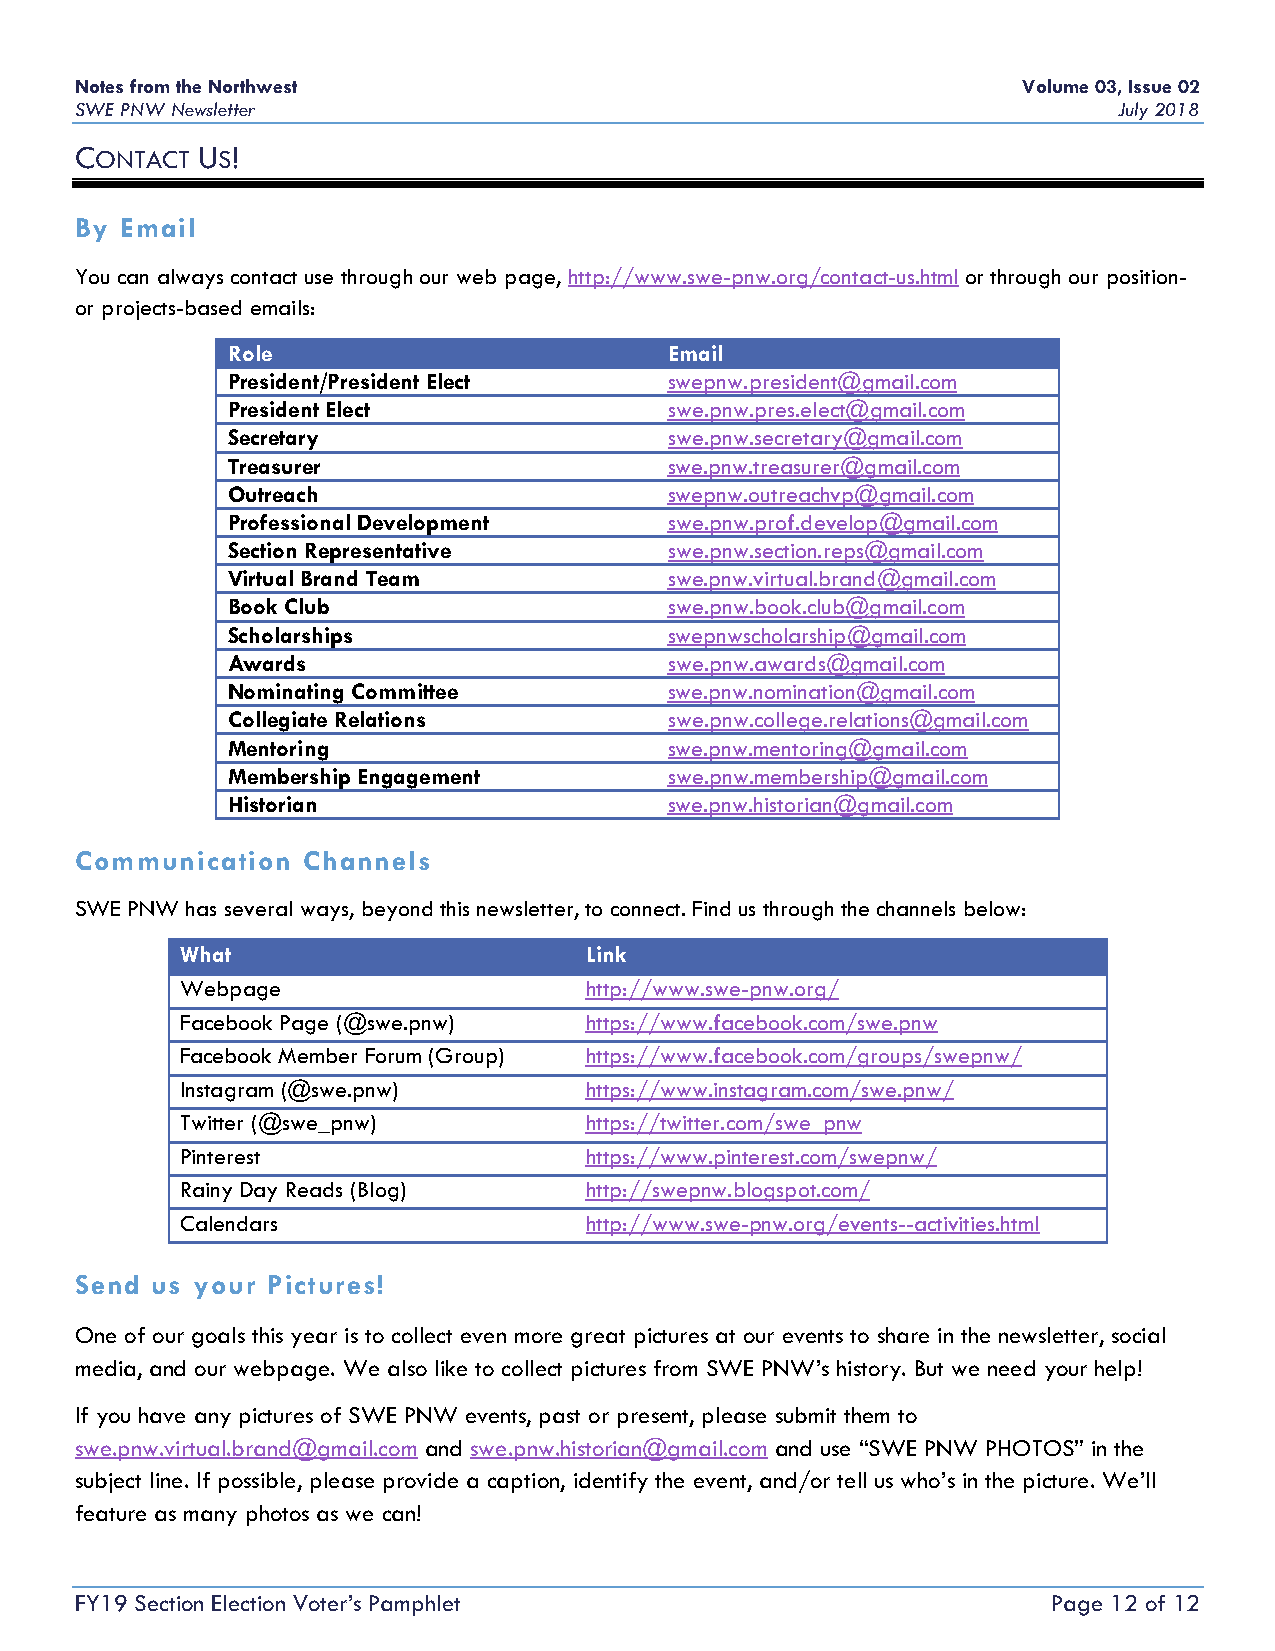
Notes from the Northwest                                       Volume 03, Issue 02
 SWE PNW Newsletter                                                   July 2018
 CONTACT US!
 By Email
 You can always contact use through our web page, http://www.swe-pnw.org/contact-us.html or through our position-
 or projects-based emails:
 Role                         Email
 President/President Elect    swepnw.president@gmail.com
 President Elect              swe.pnw.pres.elect@gmail.com
 Secretary                    swe.pnw.secretary@gmail.com
 Treasurer                    swe.pnw.treasurer@gmail.com
 Outreach                     swepnw.outreachvp@gmail.com
 Professional Development     swe.pnw.prof.develop@gmail.com
 Section Representative       swe.pnw.section.reps@gmail.com
 Virtual Brand Team           swe.pnw.virtual.brand@gmail.com
 Book Club                    swe.pnw.book.club@gmail.com
 Scholarships                 swepnwscholarship@gmail.com
 Awards                       swe.pnw.awards@gmail.com
 Nominating Committee         swe.pnw.nomination@gmail.com
 Collegiate Relations         swe.pnw.college.relations@gmail.com
 Mentoring                    swe.pnw.mentoring@gmail.com
 Membership Engagement        swe.pnw.membership@gmail.com
 Historian                    swe.pnw.historian@gmail.com
 Communication  Channels
 SWE PNW has several ways, beyond this newsletter, to connect. Find us through the channels below:
 What                       Link
 Webpage                    http://www.swe-pnw.org/
 Facebook Page (@swe.pnw)   https://www.facebook.com/swe.pnw
 Facebook Member Forum (Group) https://www.facebook.com/groups/swepnw/
 Instagram (@swe.pnw)       https://www.instagram.com/swe.pnw/
 Twitter (@swe_pnw)         https://twitter.com/swe_pnw
 Pinterest                  https://www.pinterest.com/swepnw/
 Rainy Day Reads (Blog)     http://swepnw.blogspot.com/
 Calendars                  http://www.swe-pnw.org/events--activities.html
 Send us your Pictures!
 One of our goals this year is to collect even more great pictures at our events to share in the newsletter, social
 media, and our webpage. We also like to collect pictures from SWE PNW’s history. But we need your help!
 If you have any pictures of SWE PNW events, past or present, please submit them to
 swe.pnw.virtual.brand@gmail.com and swe.pnw.historian@gmail.com and use “SWE PNW PHOTOS” in the
 subject line. If possible, please provide a caption, identify the event, and/or tell us who’s in the picture. We’ll
 feature as many photos as we can!
 FY19 Section Election Voter’s Pamphlet                           Page 12 of 12